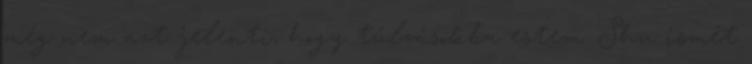
még nem azt jelenti, hogy túlzásokba estem. Shu ismét